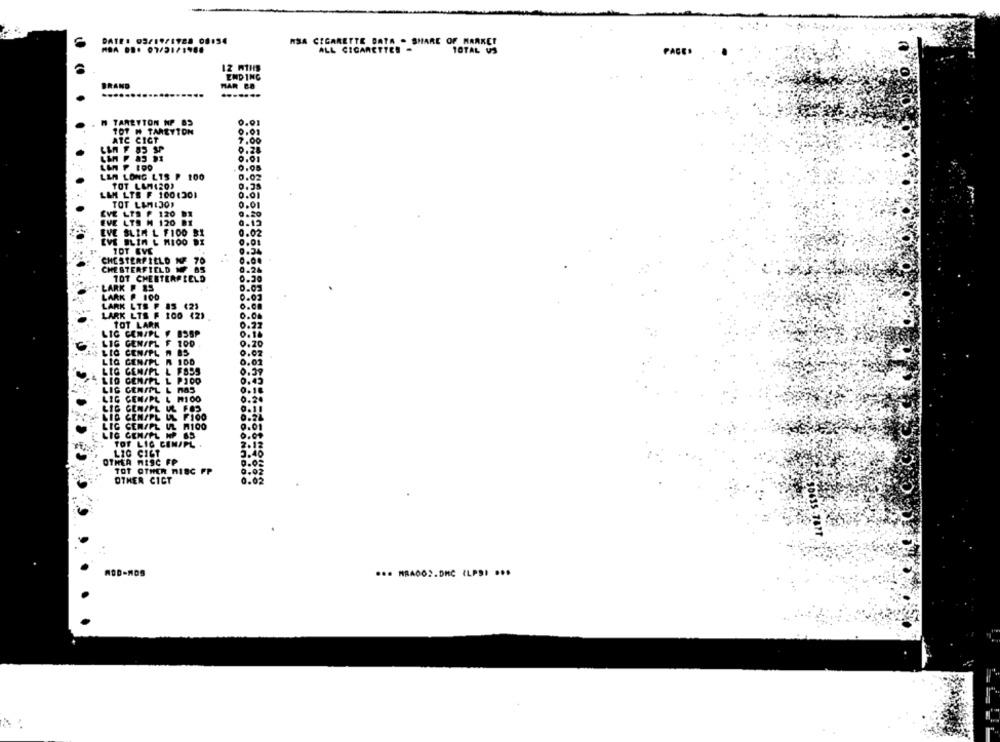
DATE: 03/19/1928 08:54
HSA CIGARETTE BATA - SHARE OF MARKET
ALL CIGARETTER -
TOTAL US
PAGE.
12 ATHS
ENDING
BRAND
HAR BO
.......
M TARETTON NP B3
0.01
107 H TAREYTON
2.01
ATC CICT
.00
0.01
0.05
LLA LONG L1S P 100
0.02
TOT LA(20)
LAM LTS F 1001201
TOT LAHIJO,
0.01
EVE LYS P 120
EVE LTS M 120 BI
EVE SLIM L FIDO BI
EVE BLIN L MIOO DI
TOT EVE
9.34
CHESTERFIELD NF 70
CHESTERFIELD F BS
0.2
101 CHESTERFIELD
0.30
LARK P &S
0.02
LARK P 1OD
LARK LTS F
LARK LTS F
100 (2)
0.0
TOT LARK
LIG CENAPL
BSSP
LIG GEN/PL
100
0.20
LIG
CENAPL
0.02
LIG
GEN/PL
0.01
GENSPL L FSSS
0.39
LIG CENAPL
LIG GENIPL L MAS
LIG CEN/PL L MICO
LIG GENAPL UL FOS
LIG GENIPL IL FIOO
LIG GEN/PL UL W100
LIG CENAPL WP BS
TOT LIG CEN/PL .
LIG CIGT
OTHER MISC FP
TOT OTHER MISC FP
OTHER CICT
... MRADO2.DHC CLPDI ···
ROD-MOS